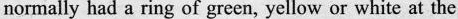
normally had a ring of green, yellow or white at the